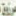
مرزوق